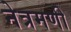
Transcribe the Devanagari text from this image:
नेत्रमणी